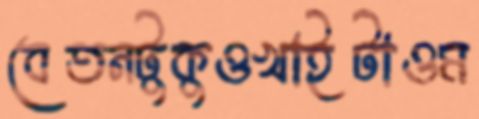
বেতনটুকুওখাইটাওম